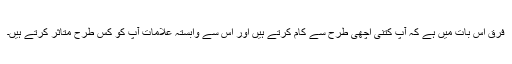
فرق اس بات میں ہے کہ آپ کتنی اچھی طرح سے کام کرتے ہیں اور اس سے وابستہ علامات آپ کو کس طرح متاثر کرتے ہیں۔